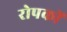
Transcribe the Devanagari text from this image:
रोपकों